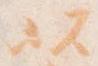
以